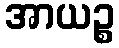
အာယဉ္စ